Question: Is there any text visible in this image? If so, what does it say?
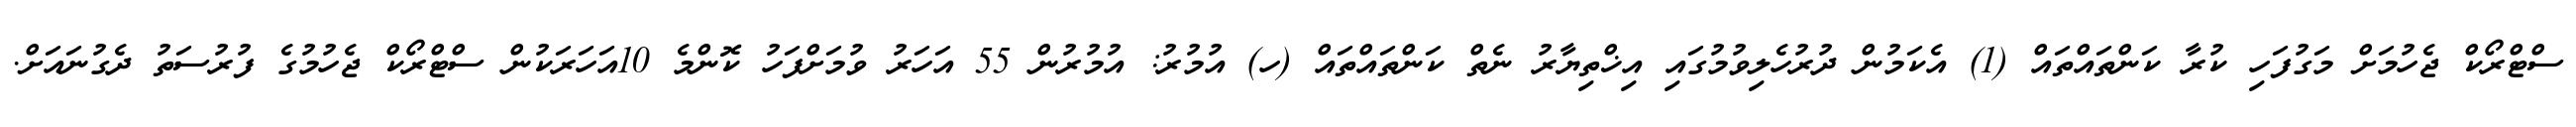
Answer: ސްޓްރޯކް ޖެހުމަށް މަގުފަހި ކުރާ ކަންތައްތައް (1) އެކަމުން ދުރުހެލިވުމުގައި އިޚްތިޔާރު ނެތް ކަންތައްތައް (ހ) އުމުރު: އުމުރުން 55 އަހަރު ވުމަށްފަހު ކޮންމެ 10އަހަރަކުން ސްޓްރޯކް ޖެހުމުގެ ފުރުސަތު ދެގުނައަށް.